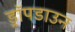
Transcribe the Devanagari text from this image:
ड्रॉपडाउन